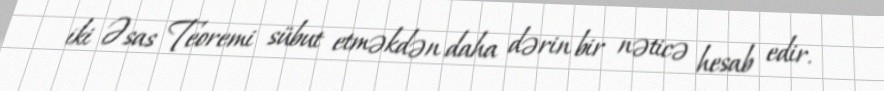
iki Əsas Teoremi sübut etməkdən daha dərin bir nəticə hesab edir.